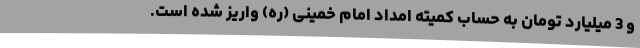
و 3 میلیارد تومان به حساب کمیته امداد امام خمینی (ره) واریز شده است.